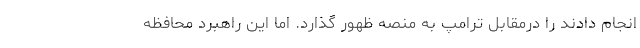
انجام دادند را درمقابل ترامپ به منصه ظهور گذارد. اما این راهبرد محافظه